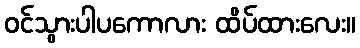
ဝင်သွားပါပကောလား ထိပ်ထားလေး။